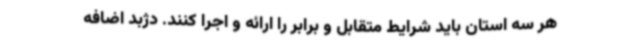
هر سه استان باید شرایط متقابل و برابر را ارائه و اجرا کنند. دژبد اضافه